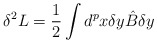
\begin{align*}\delta^2L=\frac{1}{2}\int d^px \delta y {\hat B}\delta y\end{align*}